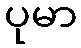
ပုမာ